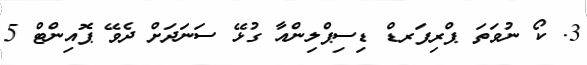
3. ކޯ ނުވަތަ ޕްރިފަރޑް ޑިސިޕްލިންއާ ގުޅޭ ސަނަދަށް ދެވޭ ޕޮއިންޓް 5